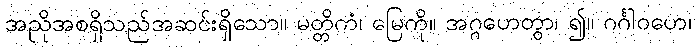
အညိုအစရှိသည်အဆင်းရှိသော။ မတ္တိကံ၊ မြေကို။ အဂ္ဂဟေတွာ၊ ၍။ ဂင်္ဂါဝဟေ၊